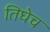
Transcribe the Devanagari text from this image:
तिघेच